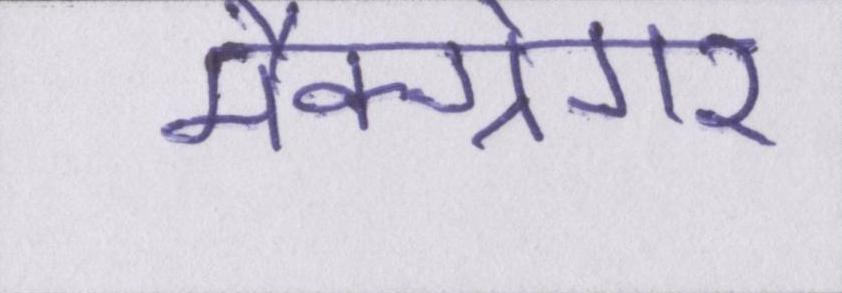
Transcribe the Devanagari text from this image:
मैक्ग्रेगर